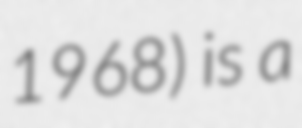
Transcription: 1968) is a